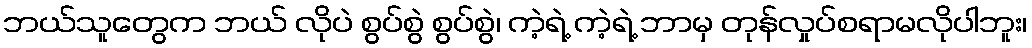
ဘယ်သူတွေက ဘယ် လိုပဲ စွပ်စွဲ စွပ်စွဲ၊ ကဲ့ရဲ့ ကဲ့ရဲ့ ဘာမှ တုန်လှုပ်စရာမလိုပါဘူး၊